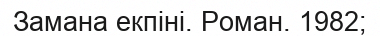
Замана екпіні. Роман. 1982;